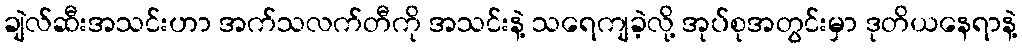
ချဲလ်ဆီးအသင်းဟာ အက်သလက်တီကို အသင်းနဲ့ သရေကျခဲ့လို့ အုပ်စုအတွင်းမှာ ဒုတိယနေရာနဲ့